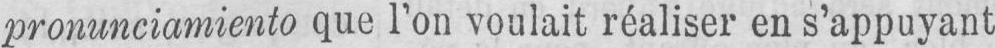
pronunciamiento que l’on voulait réaliser en s’appuyant